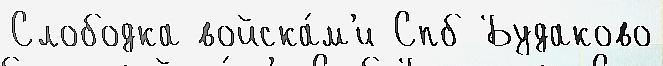
Слободка войска́м'и Спб Будаково